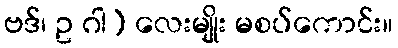
ဗဒ်၊ ဥ ဂါ) လေးမျိုး မစပ်ကောင်း။